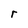
Character: r